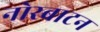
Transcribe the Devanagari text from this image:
नोरबाटन